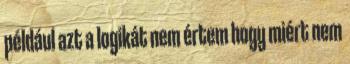
például azt a logikát nem értem hogy miért nem